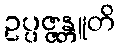
ဥပ္ပဇ္ဇန္တူတိ